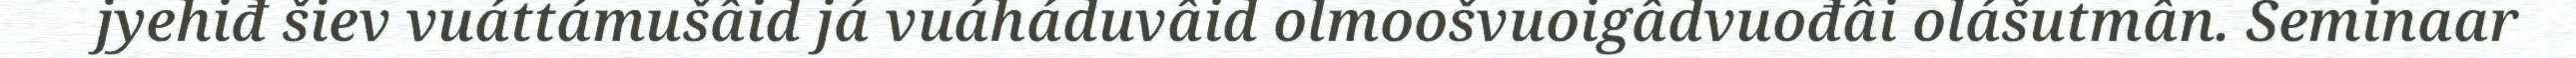
jyehiđ šiev vuáttámušâid já vuáháduvâid olmoošvuoigâdvuođâi olášutmân. Seminaar